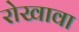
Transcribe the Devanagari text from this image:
रोखावा